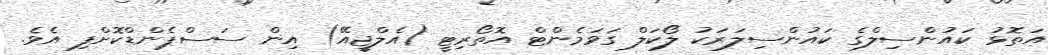
އަތޮޅު ކައުންސިލްގެ ކައުންސިލަރަކު ލޯކަލް ގަވަމެންޓް އޮތޯރިޓީ (އެލްޖީއޭ) އިން ސަސްޕެންޑްކޮށްފި އެވެ.